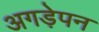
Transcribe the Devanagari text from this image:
अगड़ेपन